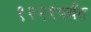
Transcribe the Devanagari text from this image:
१२२१पर्यंत